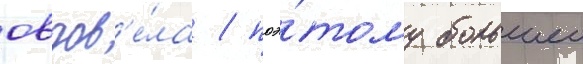
овдов'е́ла / поэ́тому большеи